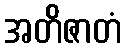
အတိဇာတံ